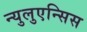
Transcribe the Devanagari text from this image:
न्युलुएन्सिस